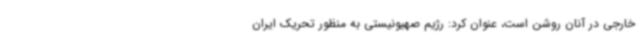
خارجی در آنان روشن است، عنوان کرد: رژیم صهیونیستی به منظور تحریک ایران